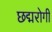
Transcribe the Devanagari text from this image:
छद्मरोगी